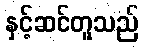
နှင့်ဆင်တူသည်